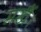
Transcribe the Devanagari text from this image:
मखैं।